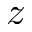
z